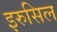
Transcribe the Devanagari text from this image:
इरुसिल